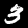
Digit: 3